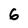
Character: 6